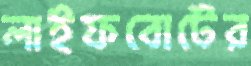
লাইফবোটের